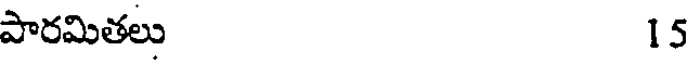
పారమితలు 15